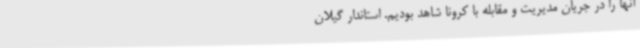
آنها را در جریان مدیریت و مقابله با کرونا شاهد بودیم. استاندار گیلان